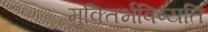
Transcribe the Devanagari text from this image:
मुक्तिर्भविष्यति